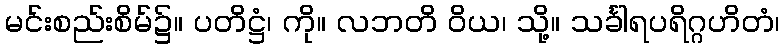
မင်းစည်းစိမ်၌။ ပတိဋ္ဌံ၊ ကို။ လဘတိ ဝိယ၊ သို့။ သင်္ခါရပရိဂ္ဂဟိတံ၊